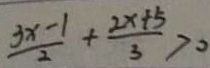
\frac { 3 x - 1 } { 2 } + \frac { 2 x + 5 } { 3 } > 0